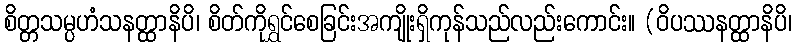
စိတ္တသမ္ပဟံသနတ္ထာနိပိ၊ စိတ်ကိုရွှင်စေခြင်းအကျိုးရှိကုန်သည်လည်းကောင်း။ (ဝိပဿနတ္ထာနိပိ၊